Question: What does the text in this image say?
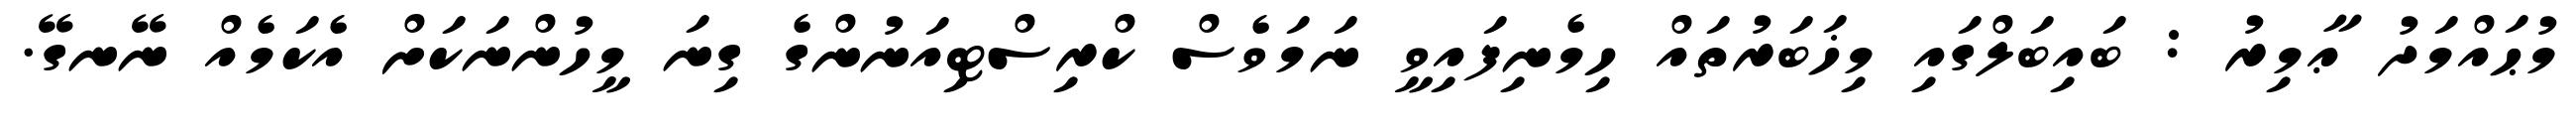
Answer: މުޙައްމަދު ޢާމިރު : ބައިބަލްގައި މިޚަބަރުތައް ހިމެނިފައިވީ ނަމަވެސް ކްރިސްޓިއަނުންގެ ގިނަ މީހުންނަކަށް އެކަމެއް ނޭނގޭ.